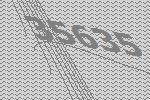
35635